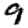
Digit: 9